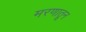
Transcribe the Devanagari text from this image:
मरणातून